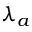
\lambda _ { a }